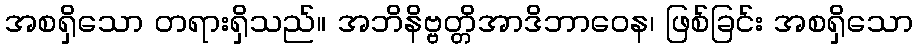
အစရှိသော တရားရှိသည်။ အဘိနိဗ္ဗတ္တိအာဒိဘာဝေန၊ ဖြစ်ခြင်း အစရှိသော